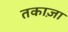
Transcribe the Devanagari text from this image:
तकाज़ा